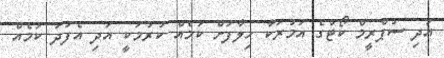
އަދި ސުޕްރީމް ކޯޓުގެ އަމުރަކާ ހިލާފަށް ކަމެއް ކުރުމަކީ އަދި އެފަދަ ކަމެއް